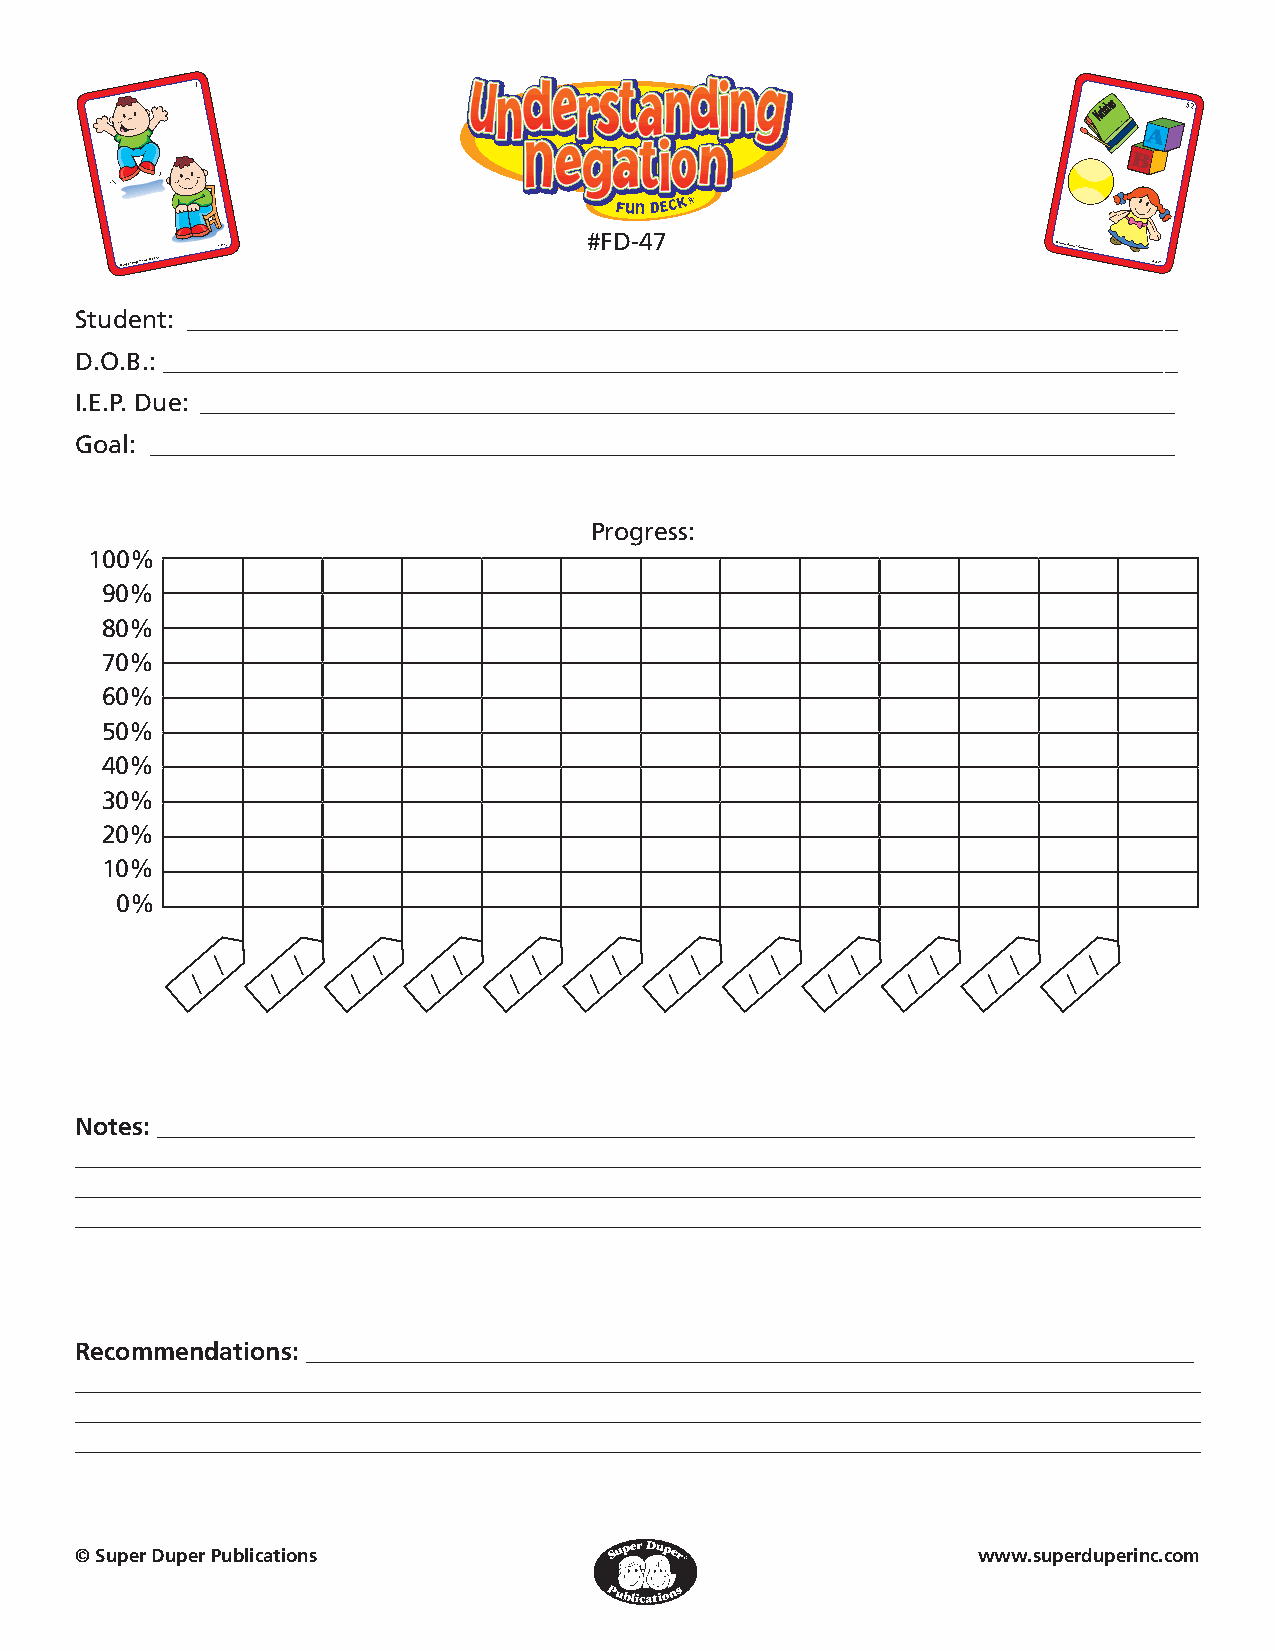
1
 52
 #FD-47
 © Super Duper® Publications
 #FD-47                                                  © Super Duper® Publications
 #FD-47
 Student: _______________________________________________________________________________
 D.O.B.: _________________________________________________________________________________
 I.E.P. Due: ______________________________________________________________________________
 Goal: __________________________________________________________________________________
 Progress:
 100%
 90%
 80%
 70%
 60%
 50%
 40%
 30%
 20%
 10%
 0%
 /
 /
 /
 /
 /
 /
 /
 /
 /
 /
 /
 /
 /
 /
 /
 /
 /
 /
 /
 /
 /
 /
 /
 /
 Notes: ___________________________________________________________________________________
 __________________________________________________________________________________________
 __________________________________________________________________________________________
 __________________________________________________________________________________________
 Recommendations: _______________________________________________________________________
 __________________________________________________________________________________________
 __________________________________________________________________________________________
 __________________________________________________________________________________________
 © Super Duper Publications                                  www.superduperinc.com